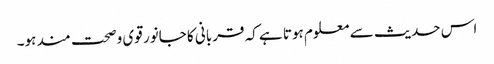
اس حدیث سے معلوم ہوتا ہے کہ قربانی کا جانور قوی وصحت مند ہو۔